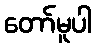
တော်မူပါ